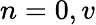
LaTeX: n=0,v